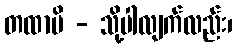
တထာပိ - သို့ပါလျက်လည်း၊